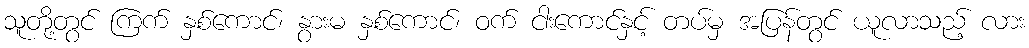
သူတို့တွင် ကြက် နှစ်ကောင်၊ နွားမ နှစ်ကောင်၊ ဝက် ငါးကောင်နှင့် တပ်မှ အပြန်တွင် ယူလာသည့် လား